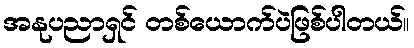
အနုပညာရှင် တစ်ယောက်ပဲဖြစ်ပါတယ်။